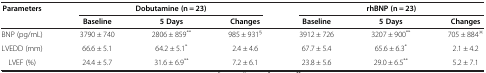
| Parameters | <COLSPAN=3> Dobutamine (n = 23) | <COLSPAN=3> rhBNP (n = 23) |
 |  | Baseline | 5 Days | Changes | Baseline | 5 Days | Changes |
 | --- | --- | --- | --- | --- | --- | --- |
 | BNP (pg/mL) | 3790 ± 740 | 2806 ± 859** | 985 ± 931§ | 3912 ± 726 | 3207 ± 900** | 705 ± 884※ |
 | LVEDD (mm) | 66.6 ± 5.1 | 64.2 ± 5.1* | 2.4 ± 4.6 | 67.7 ± 5.4 | 65.6 ± 6.3* | 2.1 ± 4.2 |
 | LVEF (%) | 24.4 ± 5.7 | 31.6 ± 6.9** | 7.2 ± 6.1 | 23.8 ± 5.6 | 29.0 ± 6.5** | 5.2 ± 7.1 |